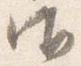
御